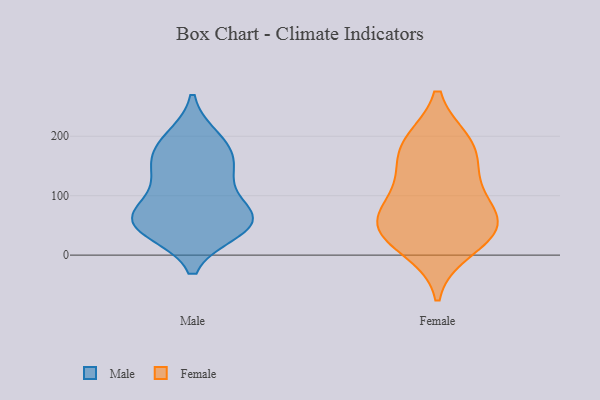
{"axis": {"x": "Website Visitors", "y": "Value"}, "legend": ["Female", "Male"], "data": [{"x": "", "y": 194, "type": "Male"}, {"x": "", "y": 135, "type": "Male"}, {"x": "", "y": 132, "type": "Male"}, {"x": "", "y": 44, "type": "Male"}, {"x": "", "y": 60, "type": "Male"}, {"x": "", "y": 67, "type": "Male"}, {"x": "", "y": 60, "type": "Male"}, {"x": "", "y": 57, "type": "Male"}, {"x": "", "y": 182, "type": "Male"}, {"x": "", "y": 165, "type": "Male"}, {"x": "", "y": 55, "type": "Male"}, {"x": "", "y": 52, "type": "Female"}, {"x": "", "y": 165, "type": "Female"}, {"x": "", "y": 188, "type": "Female"}, {"x": "", "y": 11, "type": "Female"}, {"x": "", "y": 187, "type": "Female"}, {"x": "", "y": 119, "type": "Female"}, {"x": "", "y": 94, "type": "Female"}, {"x": "", "y": 46, "type": "Female"}, {"x": "", "y": 46, "type": "Female"}, {"x": "", "y": 50, "type": "Female"}]}